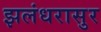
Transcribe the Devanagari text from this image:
झलंधरासुर